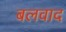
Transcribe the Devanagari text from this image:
बलवाद